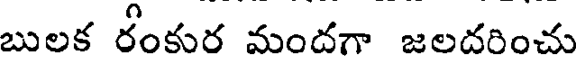
బులక రీంకుర మందగా జలదరించు